Tezpur Lunatic Asylum reports 1877-1894 - 1877-1894
Year: 1877
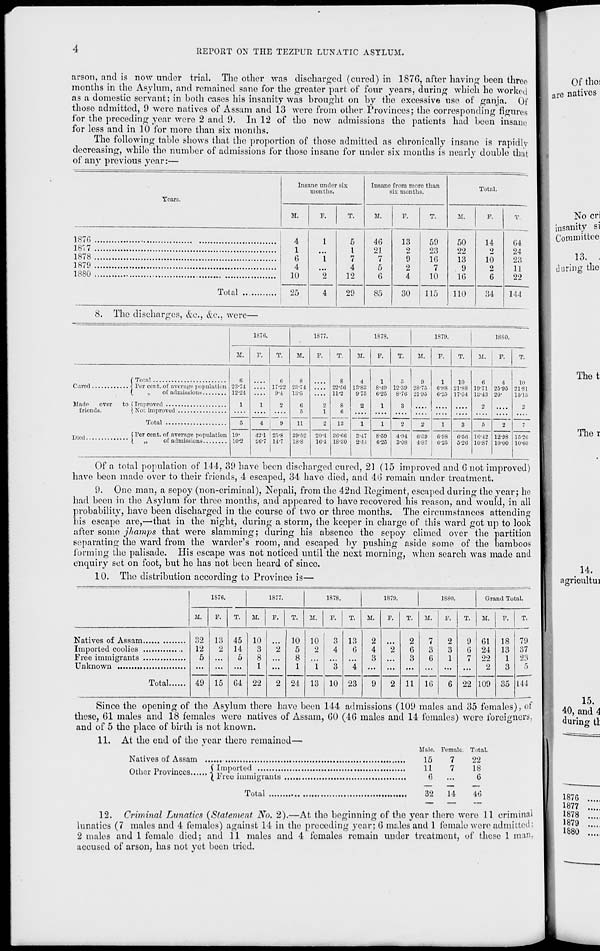
UErORT ON THE TEZrUR LUNATIC ASYLUM.
arson, and is now under trial. The other was discharged (cured) in 1876, after having been threo
months in the Asylum, and remained sane for the greater part of four years, during which ho worked
as a domestic servant; in both cases his insanity was brought on by the excessive use of ganja. Of
those admitted, 9 were natives of Assam and 13 were from other Provinces; the corresponding figures
for the preceding year were 2 and 9. In 12 of tho new admissions the patients had been insane
for less and in 10 for more than six months.
Tho following table shows that the proportion of those admitted as chronically insane is rapidly
decreasing, while the number of admissions for those insane for under six months is nearly double that
of any previous year:—
Of thoi
are natives
Tears.
Insane under six
months.
Insane from more than
six months.
Total.
M.
r.
T.
M.
T.
T.
31.
F.
T.
1870
4
1
6
4
10
1
"i
"2
5
I
7
4
12
46
21
7
5
0
13
2
9
2
4
59
23
16
7
10
50
22
13
9
16
14
0
10
2
6
64
18'. 7
1878
1879
24
23
1]
1880
2°
Total
25
4
29
85
30
115
110
34
144
8. The discharges, &c., &c., were-
1870.
1877.
1878.
1879.
18S0.
M.
F.
T.
M.
F.
T.
M.
F.
T.
jr.
F.
T.
M.
F.
T.
r Total
6
23-74
12-24
1
1
(i
17-22
0-4
2
8
23-74
13-D
C
6
0
i
8
22-C6
11-2
8
6
13
4
13-83
975
2
1
1
8'48
ti-20
1
1239
8-70
3
9
28-75
21-95
1
6-88
6-25
10
21-88
17-54
r.
19-71
13-43
2
4
25-95
20-
2
10
Made
ovei
friends.
(
,,
of admissions
(Not improved
Total
21-81
15-1 ft
2
5
4
9
11
2
1
2
2
1
3
6
16-42
10S7
-
(Per cent, of average population lit-
10-2
421
2C-7
' 25-8
114-7
39-52
18-8
211-1
10'4
86-66
18-80
8*47
2-44
8-59
0-25
4-94
3-08
6-80
4-87
0-98
ti-25
(!-5fi
5-2(i
12-98
10-uO
15-20
10-00
Of a total population of 144, 39 have been discharged cured, 21 (15 improved and 6 not improved)
have been made over to their friends, 4 escaped, 34 have died, and 46 remain under treatment.
9. One man, a sepoy (non-criminal), Nepali, from the 42nd Regiment, escaped during the year; ho
had been in the Asylum for three months, and appeared to have recovered his reason, and would, in all
probability, have been discharged in the course of two or three months. The circumstances attending
his escape are,—that in the night, during a storm, the keeper in charge of this ward got up to look
after some jhamps that were slamming; during his absence the sepoy climed over the partition
separating the ward from the warder's room, and escaped by pushing aside some of the bamboos
forming the palisade. His escape was not noticed until the next morning, when search was made and
enquiry set on foot, but he has not been heard of since.
10. The distribution according to Province is—
1S76.
1877.
1878.
1879.
1880.
Grand Total.
M.
F.
T.
M.
F.
T.
M.
F.
T.
M.
F.
T.
M.
F.
2
3
1
6
T.
M.
F.
T.
32
12
5
49
13
2
15
45
14
5
64
10
3
8
1
22
2
2
10
5
8
1
24
10
2
"i
0
4
"3
13
6
"4
23
2
4
3
9
2
2
6
3
7
3
6
16
9
6
7
22
61
24
22
_ 2
18
13
1
3
79
37
23
5
Total
13 10
2 11
109 35 144
Since the opening of the Asylum there have been 144 admissions (109 males and 35 females), ot
these, 61 males and 18 females were natives of Assam, 60 (46 males and 14 females) were foreigners,
and of 5 the place of birth is not known.
11. At the end of tho vcar thero remained—
Male. Female. Total.
Natives of Assam
15
7
22
.-.,, T> •
(Imported
-
11
7
18
Other Provinces
j ^ iluwigraut8
6
...
6
Total
32 14
46
12. Criminal Lunatics {Statement No. 2).—At tho beginning of the year there were 11 criminal
lunatics (7 males and 4 females) against 14 in tho preceding year; 6 mdes and 1 female were admitted;
2 males and 1 female died; and 11 males and 4 females remain under treatment, of these 1 man,
accused of arson, has not yet been tried.
Committee
during tho